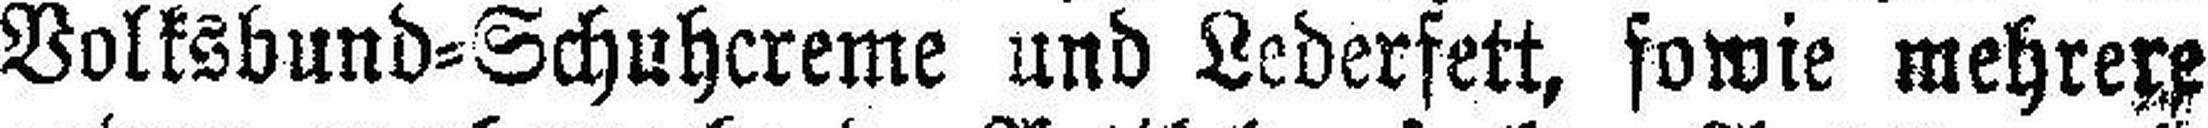
Volksbund=Schuhcreme und Lederfett, sowie mehrere